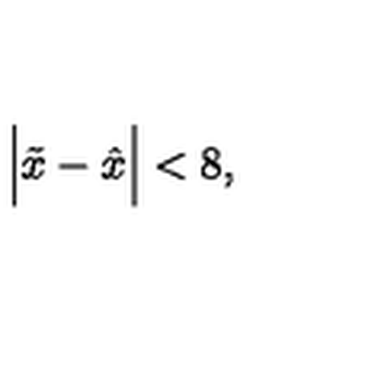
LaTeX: \Big | \tilde { x } - \hat { x } \Big | < 8 ,